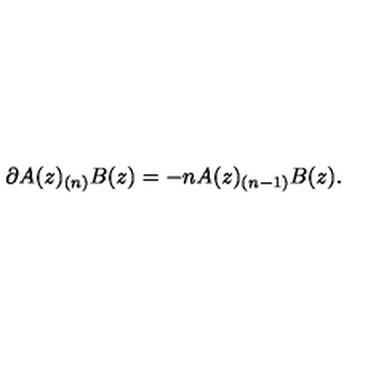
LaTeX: \partial A ( z ) _ { ( n ) } B ( z ) = - n A ( z ) _ { ( n - 1 ) } B ( z ) .